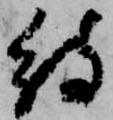
待